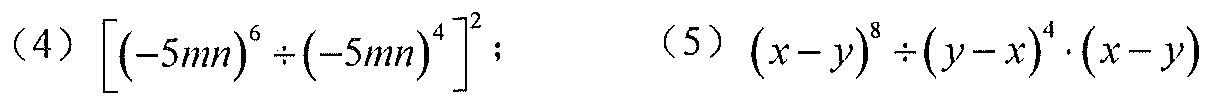
（4）\(\left[(-5mn)^{6}\div(-5mn)^{4}\right]^{2}\)； （5）\((x - y)^{8}\div(y - x)^{4}\cdot(x - y)\)